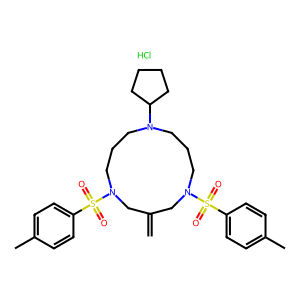
SMILES: C=C1CN(S(=O)(=O)c2ccc(C)cc2)CCCN(C2CCCC2)CCCN(S(=O)(=O)c2ccc(C)cc2)C1.Cl
Inhibits HIV replication: No